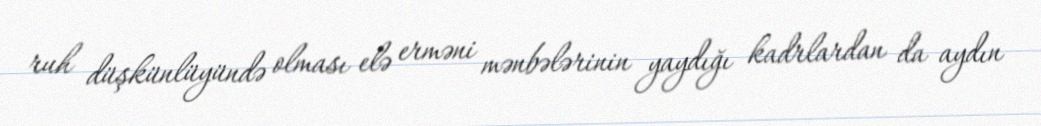
ruh düşkünlüyündə olması elə erməni mənbələrinin yaydığı kadrlardan da aydın